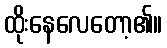
ထိုးနေလေတော့၏။